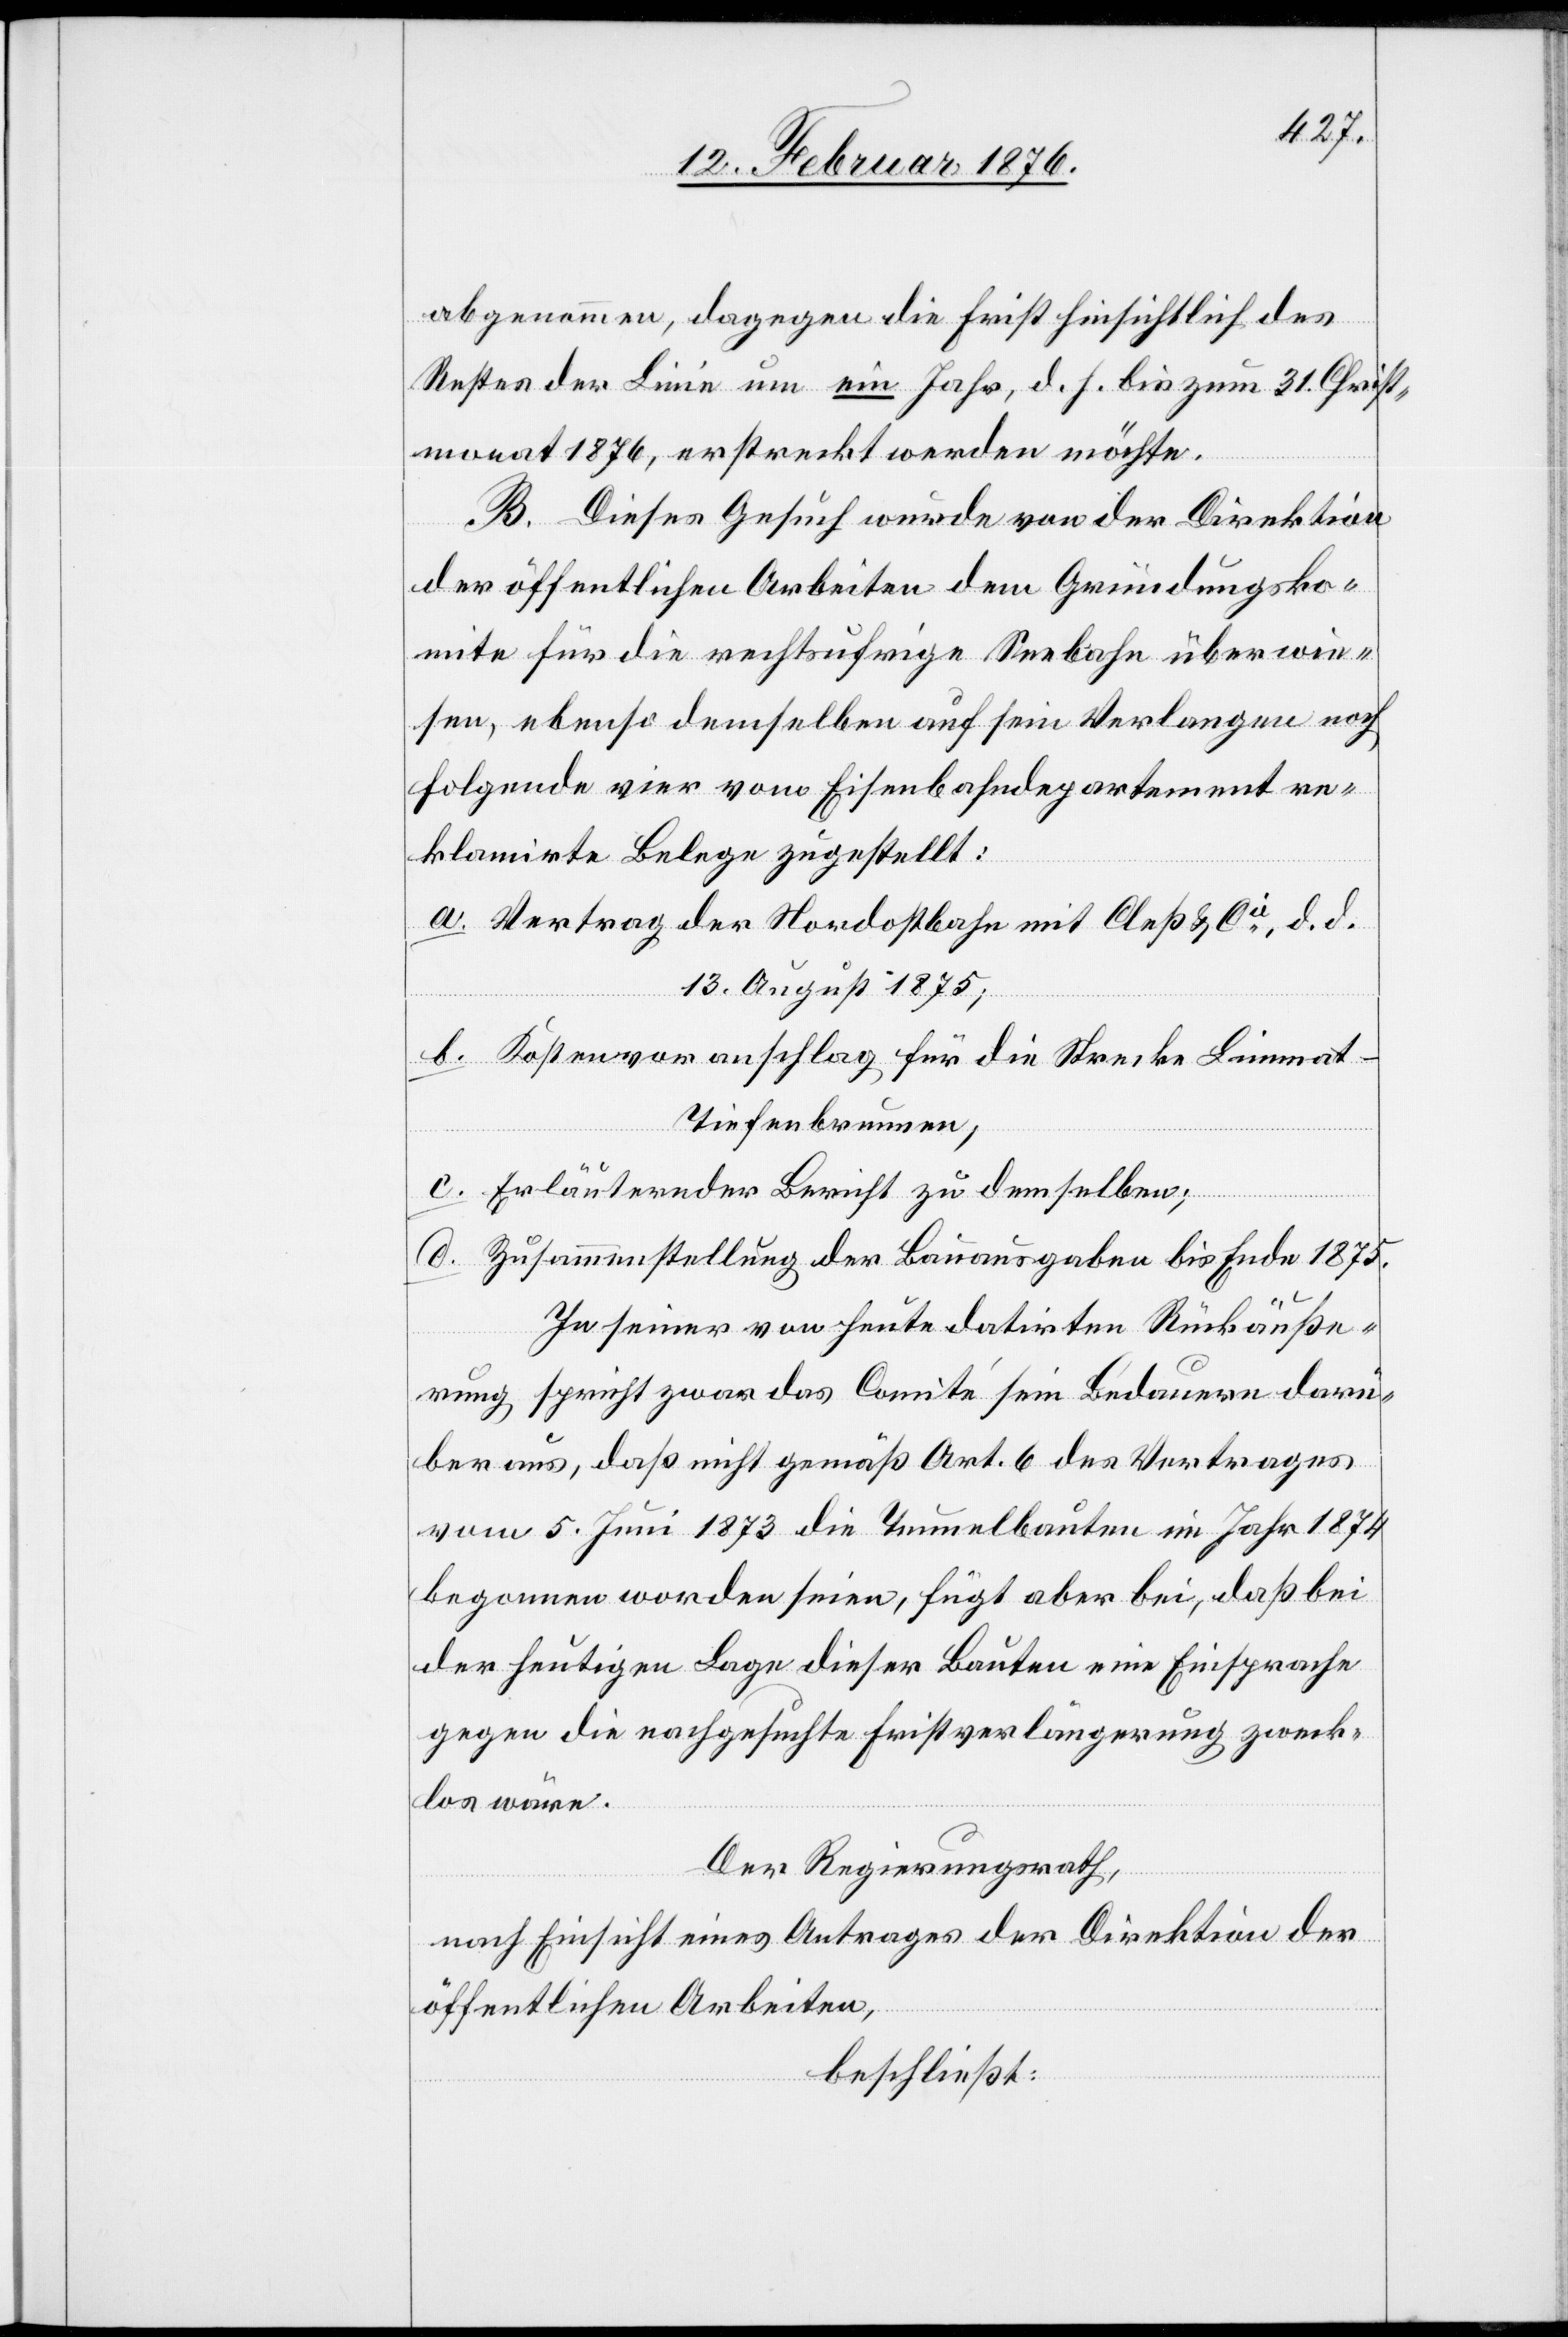
abgenommen, dagegen die Frist hinsichtlich des
Restes der Linie um ein Jahr, d. h. bis zum 31. Christ¬
monat 1876, erstreckt werden möchte.
B. Dieses Gesuch wurde von der Direktion
der öffentlichen Arbeiten dem Gründungsko¬
mmite für die rechtsufrige Seebahn über wie¬
sen, ebenso demselben auf sein Verlangen noch
folgende vier vom Eisenbahndepartement re¬
klamirte Belege zugestellt:
a. Vertrag der Nordostbahn mit Aeß & Cie, d. d.
13. August 1875;
b. Kostenvoranschlag für die Strecke Limmat
Tiefenbrunnen,
c. Erläuternder Bericht zu demselben;
d. Zusammenstellung der Bauausgaben bis Ende 1875.
In seiner von heute datirten Rückäuße¬
rung spricht zwar das Comité sein Bedauern darü¬
ber aus, daß nicht gemäß Art. 6 des Vertrages
vom 5. Juni 1873 die Tunnelbauten im Jahr 1874
begonnen worden seien, fügt aber bei, daß bei
der heutigen Lage dieser Bauten eine Einsprache
gegen die nachgestellte Fristverlängerung zweck¬
los wäre.
Der Regierungsrath,
nach Einsicht eines Antrages der Direktion der
öffentlichen Arbeiten,
beschließt: